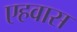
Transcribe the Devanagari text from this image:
एहवास